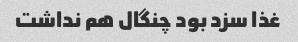
غذا سزد بود چنگال هم نداشت